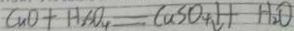
C u O + H _ { 2 } S O _ { 4 } = C u S O _ { 4 } \downarrow + H _ { 2 } O